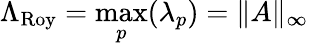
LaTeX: \Lambda_{\mathrm{Roy}}=\operatorname*{max}_{p}(\lambda_{p})=\| A\| _{\infty}